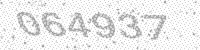
Solution: 064937